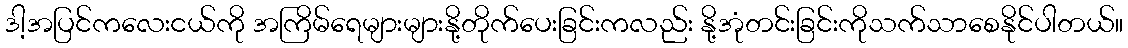
ဒါ့အပြင်ကလေးငယ်ကို အကြိမ်ရေများများနို့တိုက်ပေးခြင်းကလည်း နို့အုံတင်းခြင်းကိုသက်သာစေနိုင်ပါတယ်။